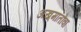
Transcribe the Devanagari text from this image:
अख़्मातोवा